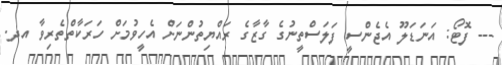
--- ފޮޓޯ: އަނަޑަލޫ އެޖެންސީ ފަލަސްތީނުގެ ގާޒާގެ ރައްޔިތުންނަށް އެހީވުމަށް ހަރަކާތްތެރިވާ އދ.